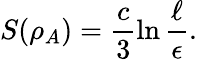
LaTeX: S(\rho_{A})=\frac{c}{3}\ln\frac{\ell}{\epsilon}.